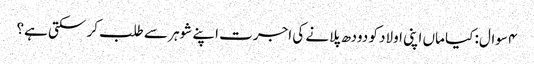
۴ سوال: کیا ماں اپنی اولاد کو دودھ پلانے کی اجرت اپنے شوہر سے طلب کر سکتی ہے؟